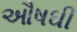
ઔષઘી